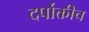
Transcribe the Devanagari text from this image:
दर्पोक्तीच